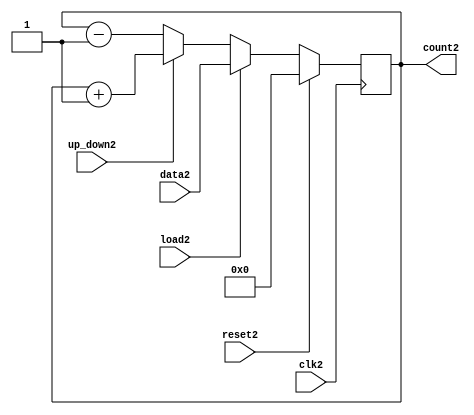
//-----------------------------------------------------------------------------
//
// Title       : counterModule
// Design      : counterDesign
// Company     : Indian Institute of Technology Guwahati
//
//-----------------------------------------------------------------------------
//
// Description :   Increment-decrement counter
//
//-----------------------------------------------------------------------------
`timescale 1 ns / 1 ps

module counter2(clk2,reset2,up_down2,load2,data2,count2);
  
  input clk2,reset2,load2,up_down2;
  input [3:0] data2;
  output reg [3:0] count2;
 
  always@(posedge clk2)  //always block will be executed at each and every positive edge of the clock
  begin
    if(reset2)    		//Set Counter to Zero
      count2 <= 0;
    else if(load2)    	//load the counter with data value
      count2 <= data2;
    else if(up_down2)    //count up
      count2 <= count2 + 1;
    else            	//count down
      count2 <= count2 - 1;
  end
endmodule